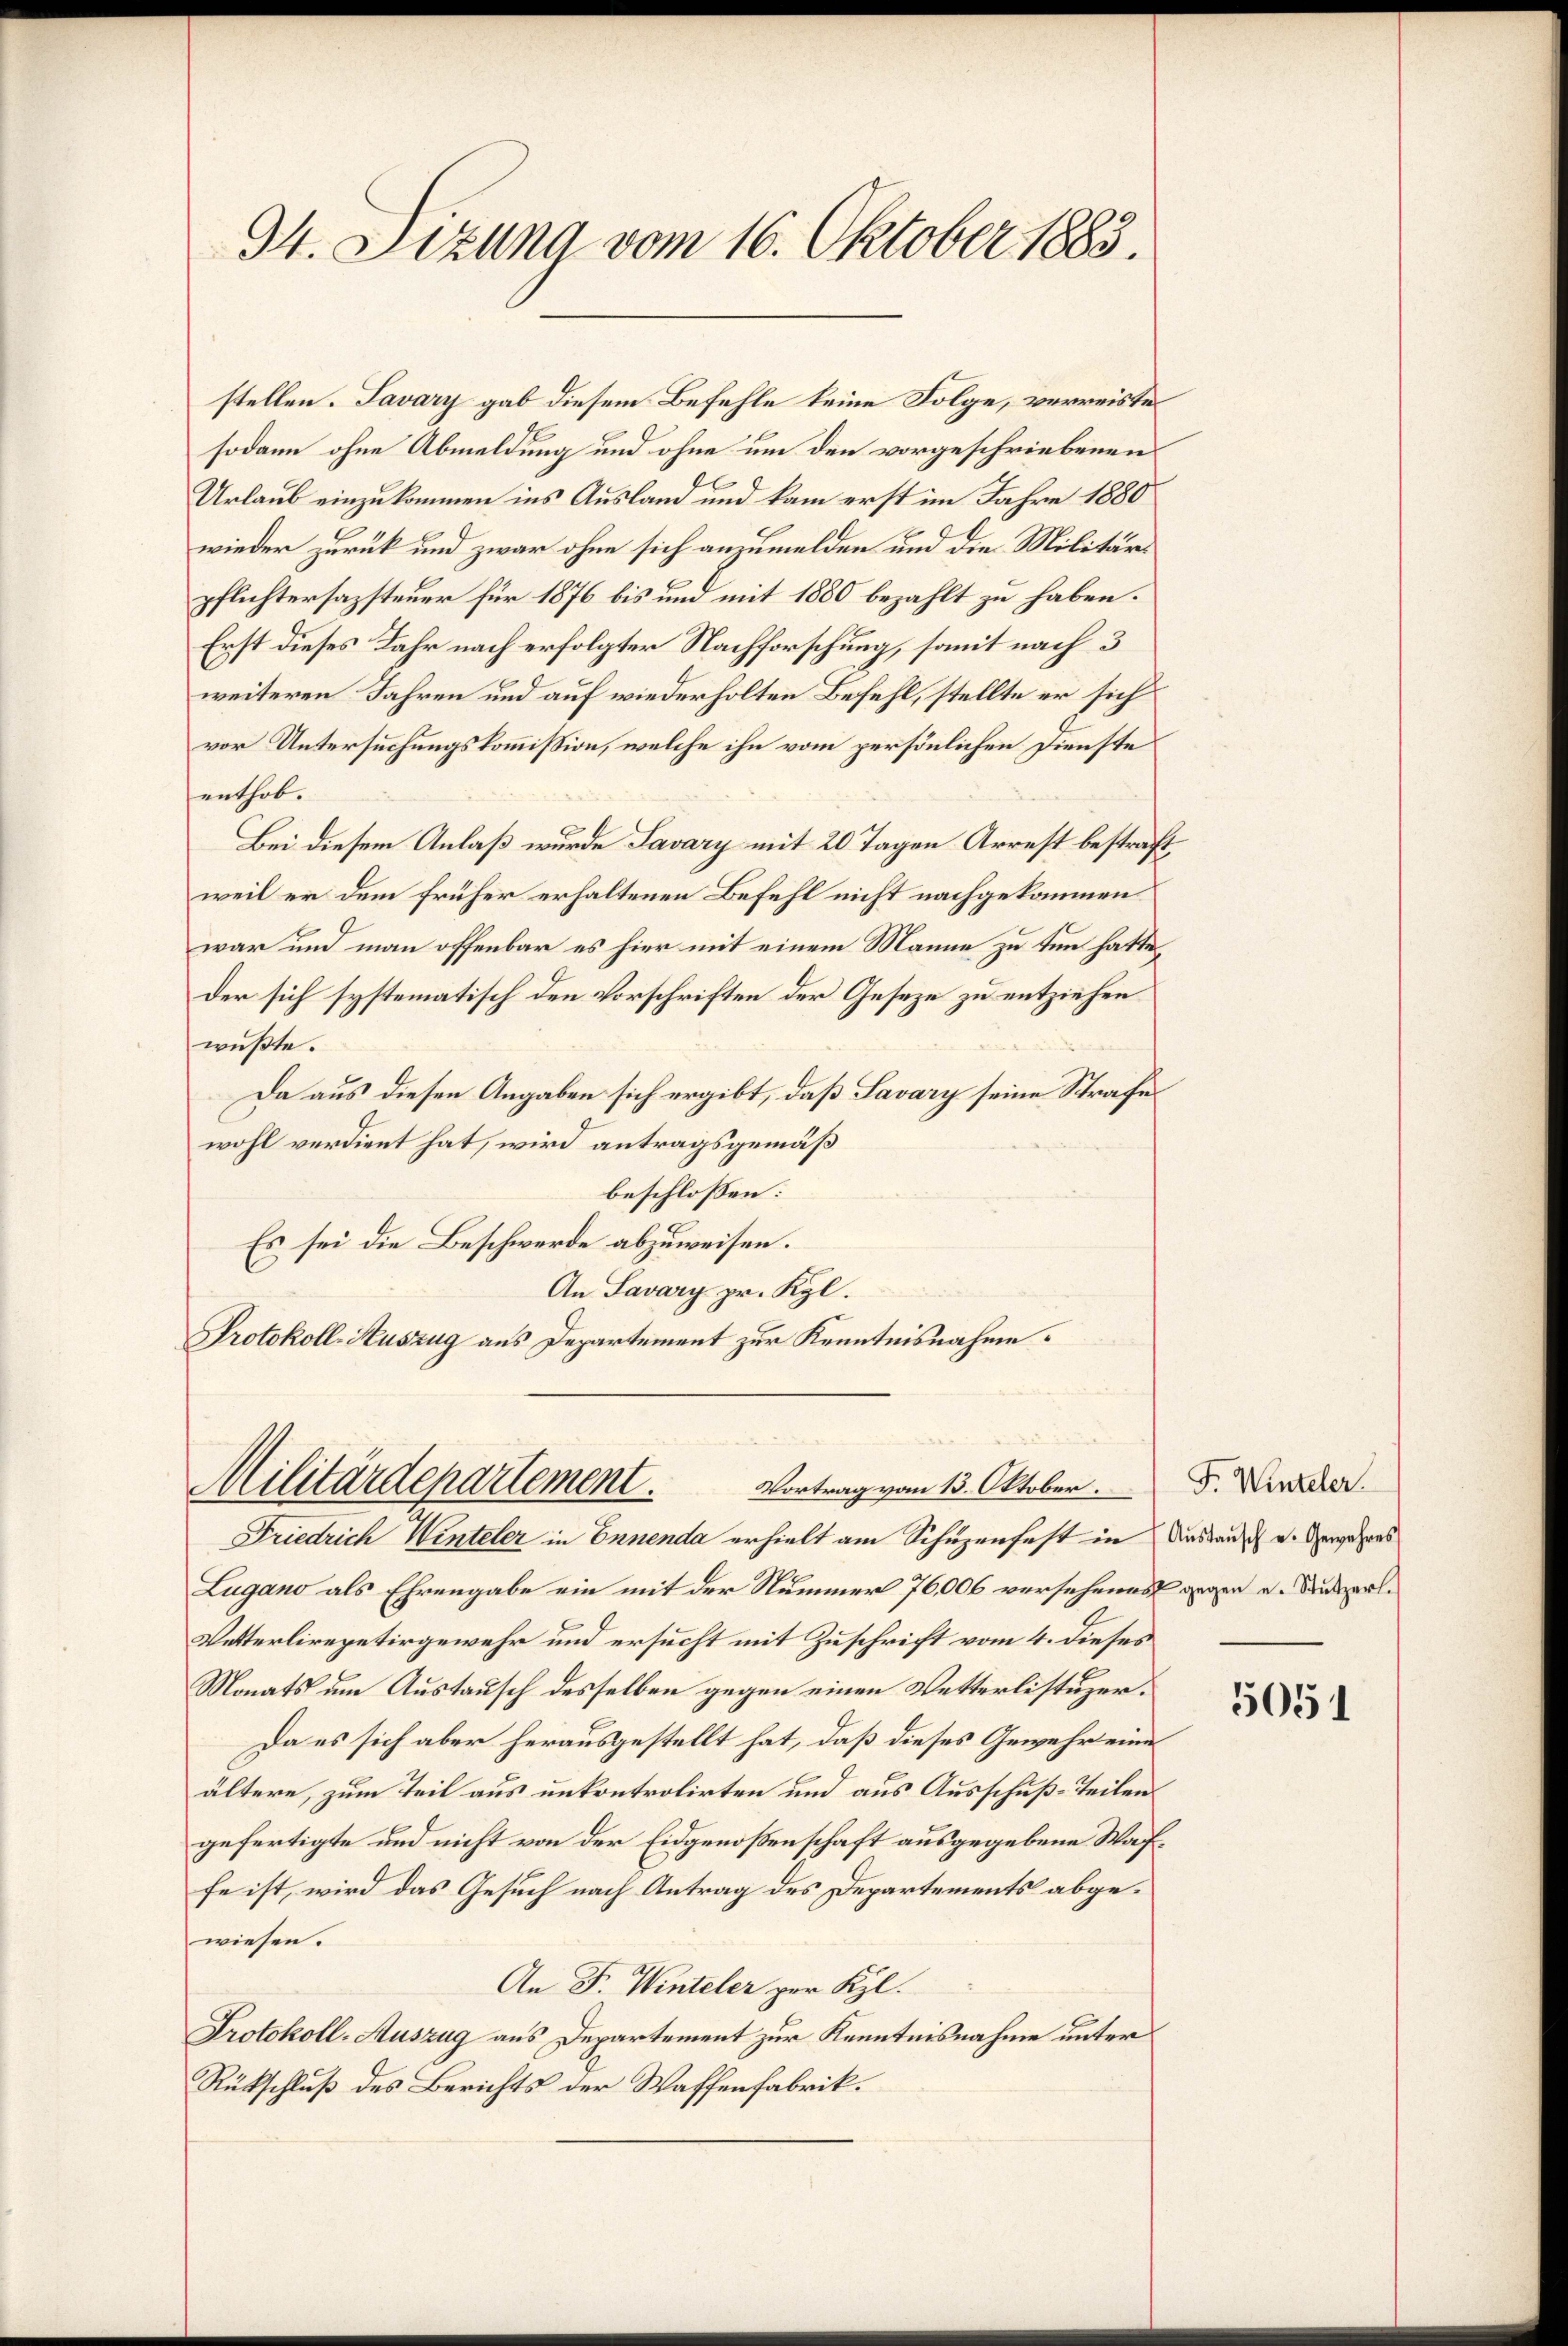
34. Sizung vom 16. Oktober 1883.

stellen. Savary gab diesem Befehle keine Folge, verreiste
sodann ohne Abmeldung und ohne um den vorgeschriebenen
Urlaub einzukommen ins Ausland und kam erst im Jahre 1880
wieder zurück und zwar ohne sich anzumelden und die Militärpflichtersazsteuer für 1876 bis und mit 1880 bezahlt zu haben.
Erst dieses Jahr nach erfolgter Nachforschung, somit nach 3
weiteren Jahren und auf wiederholten Befehl, stellte er sich
vor Untersuchungskommission, welche ihn vom persönlichen Dienste
enthob.
Bei diesem Anlaß wurde Savary mit 20 Tagen Arrest bestraft,
weil er dem früher erhaltenen Befehl nicht nachgekommen
war und man offenbar es hier mit einem Manne zu tun hatte,
der sich systematisch den Vorschriften der Geseze zu entziehen
wußte.
Da aus diesen Angaben sich ergibt, daß Savary seine Strafe
wohl verdient hat, wird antragsgemäß
beschlossen:
Es sei die Beschwerde abzuweisen.
An Savary pr. Kgl.
Protokoll-Kuszug aus Departement zur Kenntnisnahme.

Militärdepartement. Vortrag vom 13. Oktober.

Friedrich Winteler in Ennenda erhielt am Schüzenfest in Auslaus u. Gewahres
Lugano als Ehrengabe ein mit der Nummer 76,000 versehenes gegen u. Ruszerl¬
Vetterlirepetirgewehr und ersucht mit Zuschrift vom 4. dieses
Monats um Austausch desselben gegen einen Wetterlistuzer¬
Da es sich aber herausgestellt hat, daß dieses Gewehr eine
ältere, zum Teil aus unkontrolirten und aus Ausschuß-Teilen
gefertigte und nicht von der Eidgenoßenschaft ausgegebene Waffe ist, wird das Gesuch nach Antrag des Departements abgewiesen.
An F. Winteler per Kl.
Protokoll-Auszug aus Departement zur Kenntnisnahme unter
Rückschluß des Berichts der Waffenfabrik.

F. Winteler.

5051